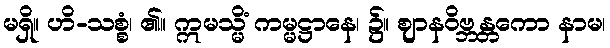
မရှိ။ ဟိ-သစ္စံ၊ ၏။ ဣမသ္မိံ ကမ္မဋ္ဌာနေ၊ ၌။ ဈာနဝိဗ္ဘန္တကော နာမ၊